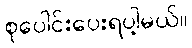
စုပေါင်းပေးရပါ့မယ်။